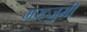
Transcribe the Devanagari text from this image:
मख्जुमी